Bréfritari: Benedikt Hálfdanarson
Dagsetning: A-1902-05-26
Skrifað á: Vesturheimi

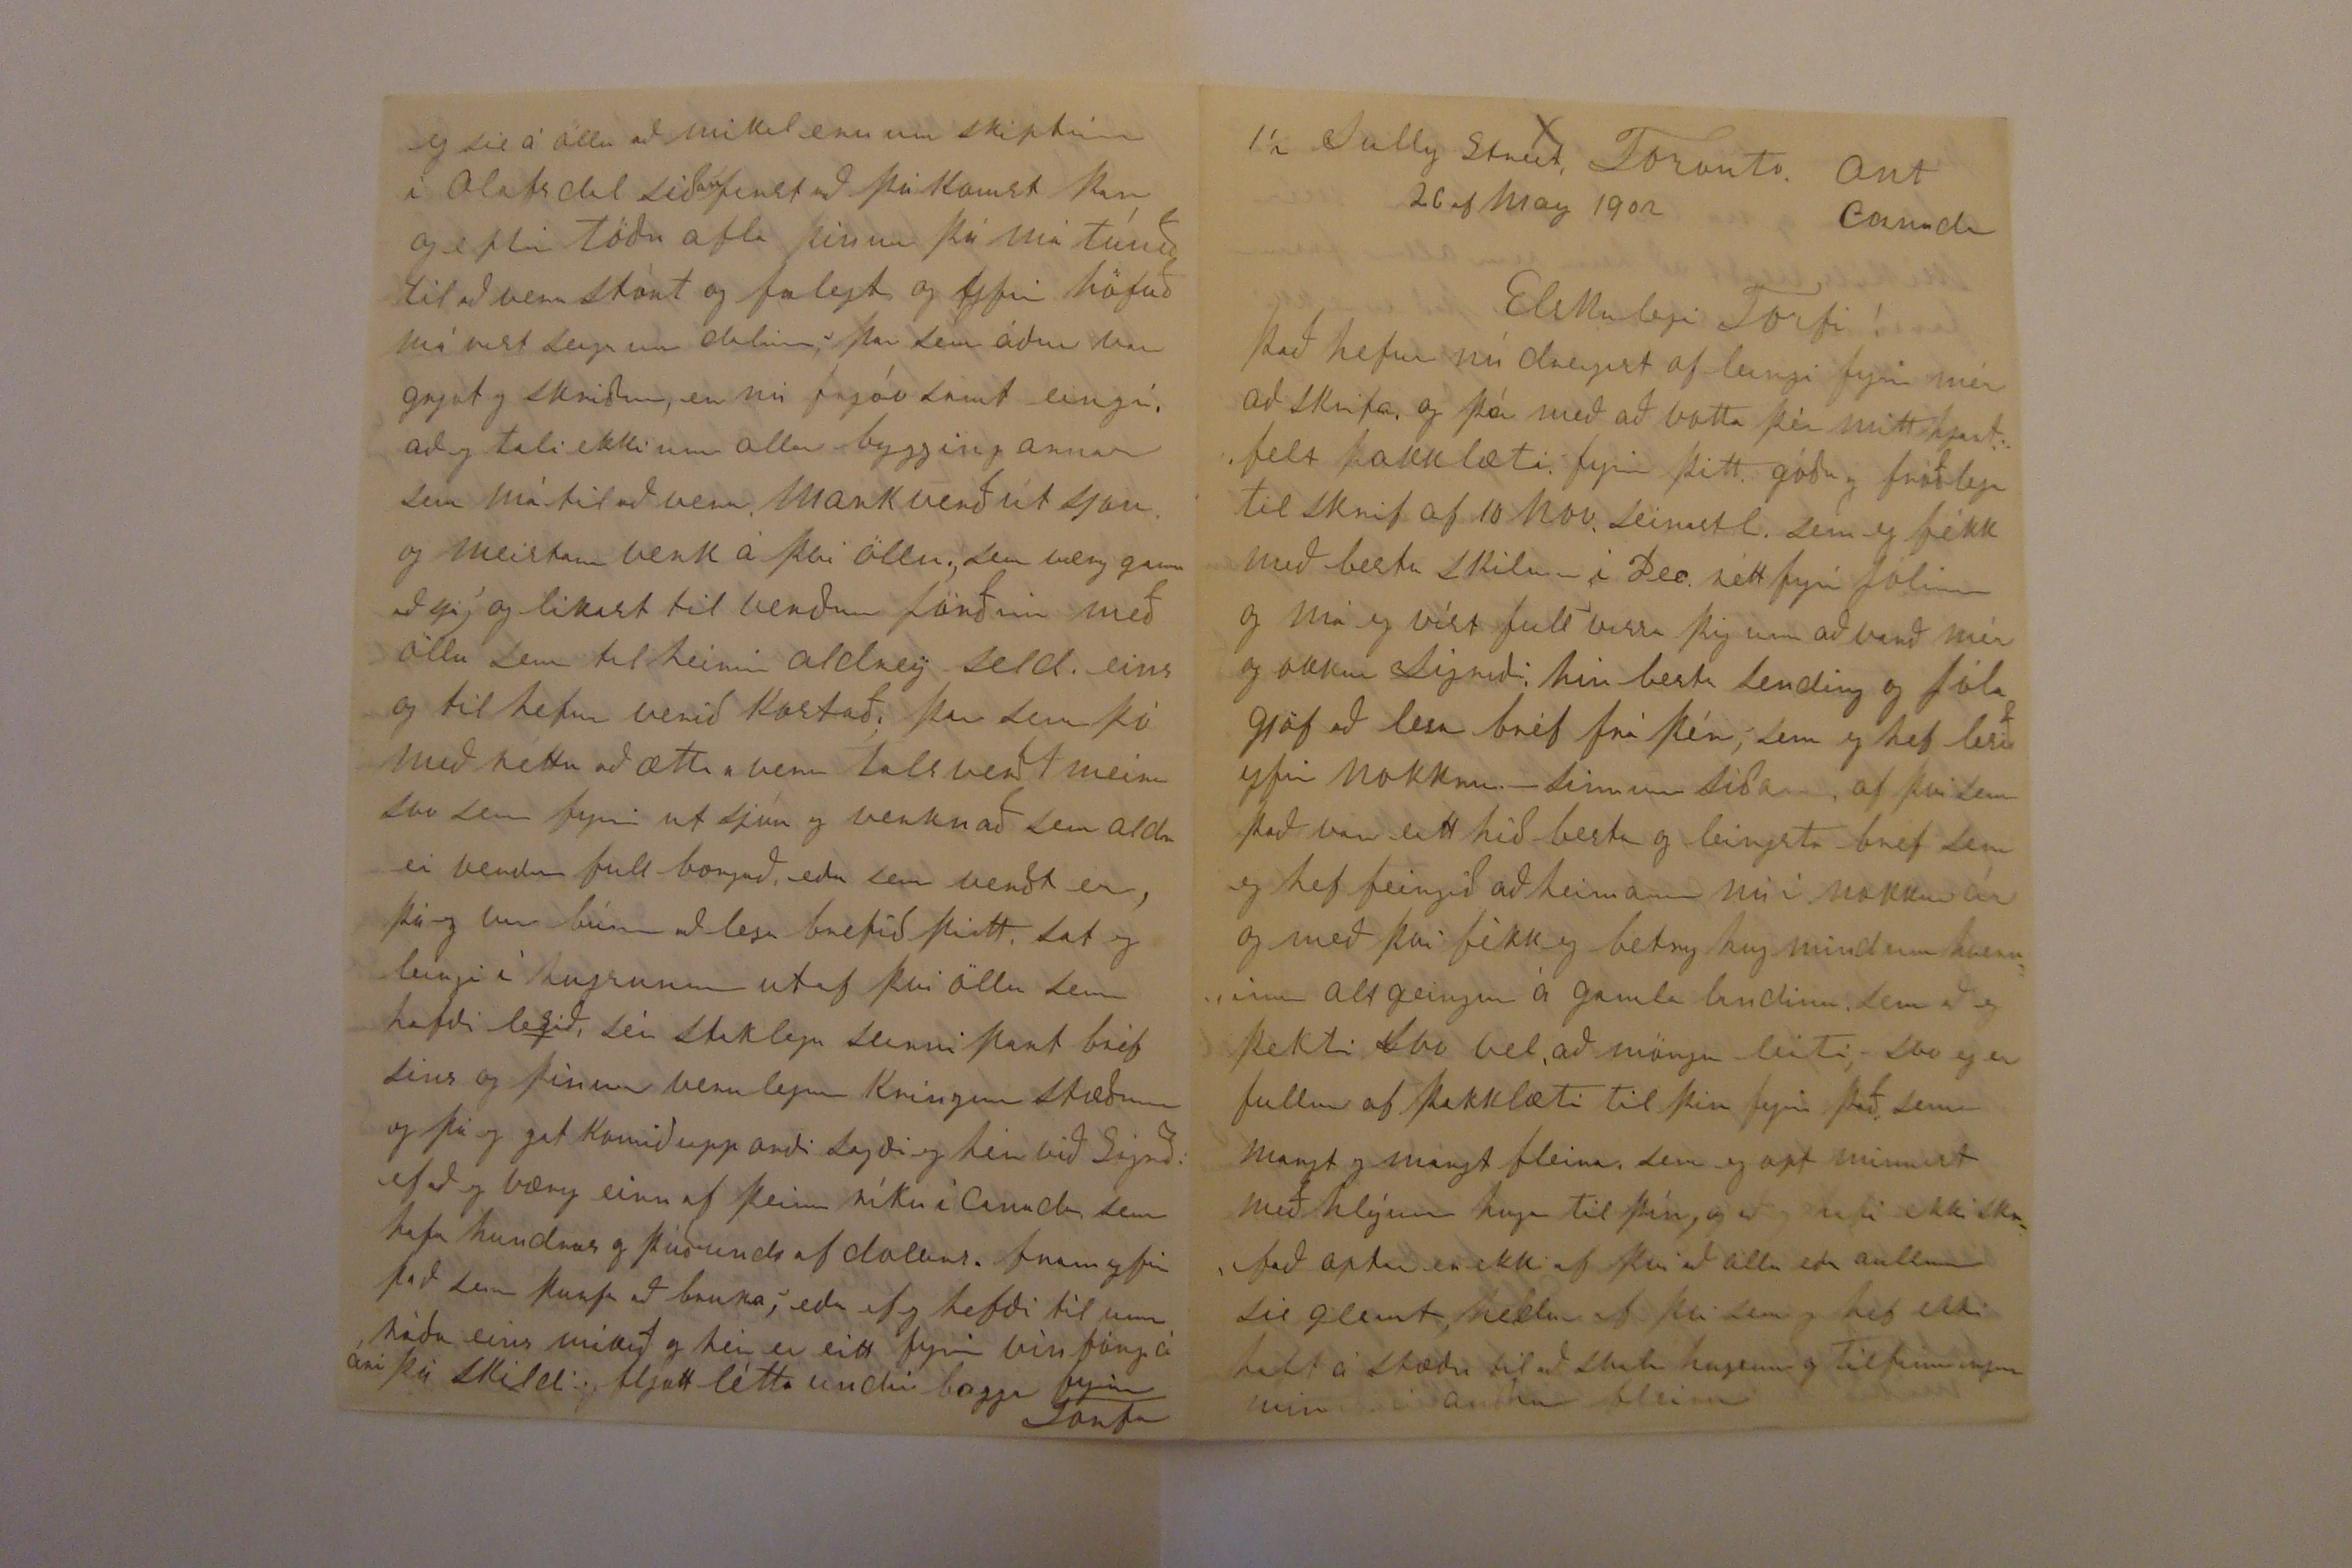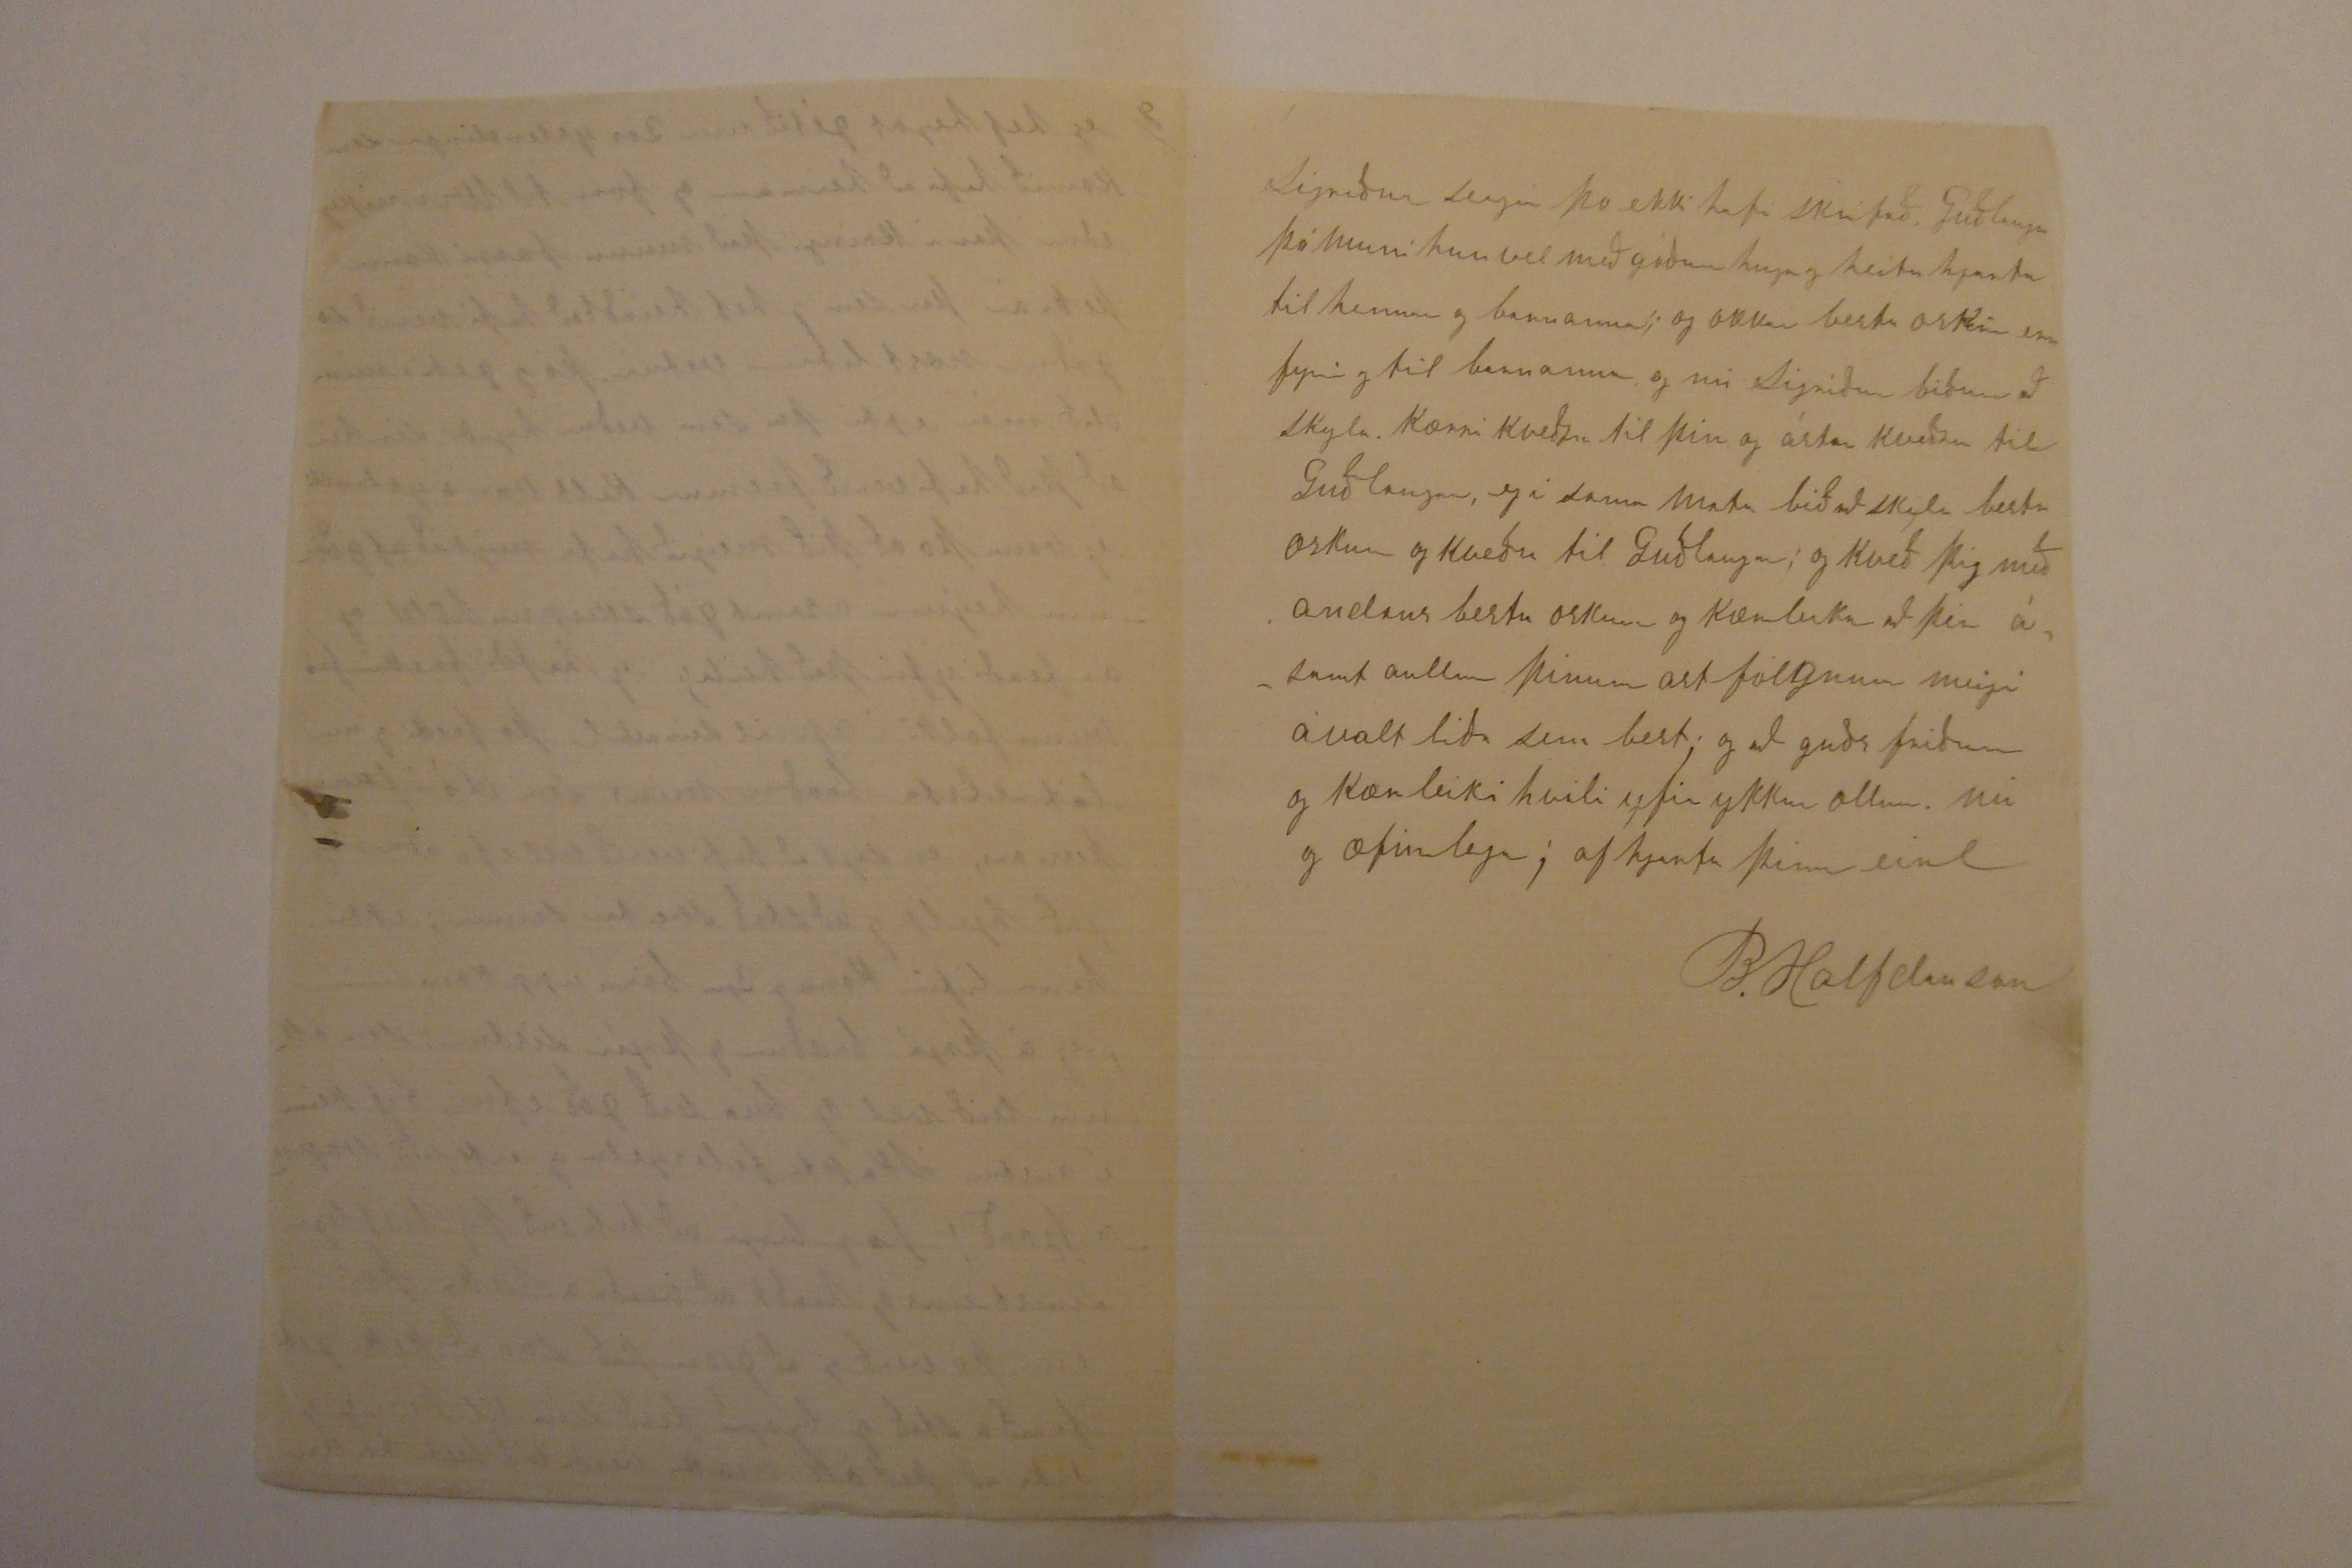

1 1/2 Sully Street, Toronto Ont Canada
26 of May 1902
Elskulegi Torfi!
Það hefur nú deigist of leingi fyrir mér að skrifa og þá með að votta þér mitt hjartfelt þakklæti fyrir þitt góða og fróðleag tilskrif af 10 Nov. seinastl. sem eg fékk með bestu skilum í Dec. rétt fyrir Jólinn og má eg víst full vissa þig um að varð mér og okkur Sigríði hin besta sending og Jólagjöf að lesa bréf frá þér, sem eg hef lesið yfir nokkrum sinnum síðann, af því sem það var eitt hið besta og leingsta bréf sem eg hef feingið að heimann nú í nokkur ár og með því fékk eg betry hugmind um hverninn alt geingur á gamla landinu sem að eg þekti svo vel að mörgu leiti, svo eg er fullur af þakklæti til þín fyrir það sem margt og margt fleira sem eg opt minnist með hlýum huga til þín, og að eg hafi ekki
skr
það aptur en ekki af því að alla eða aullum til
glemt
, heldur af því sem eg hef ekki haft á stæðu til að skaba hugsun og tilfinningu
mina
í auðru fleiru
þar sem svo margt er erðvitt um að abla sér og ná til í, þá þikir mér mikils verdt að heira um allar fram farirnar á yslandi svo það er ekki frítt fyrir að eg sjái ekki eptir að eg datt ur sögunni, svo það gétur ekki náð til mín, það sem yslendingar eiga með sanni í fullkomnar stíl enn nokkru sinni firri, Enn grær á
vorri ættur
jörð 000000 sönn hjá traustum hölum, enn er glað værð í grænum dölum, hver gæfu söm sér leikur hjörð, S.B.fjörð,
það er svo margt af unga folkinu að sækast eptir gæfu og mentunar vegi sem er góð undir staða til að gjöra fram förina enn þá fullkomnari og eins og þú minnist á að stór umskipti muni víst eiga sér stað með enda þessum
oldum
sem nú er só að seiga nýbiruð Jeg vil þó ekki gleima því sem mér og okkur var næst að heira og fretta um sem var um kkur Guðlaugu og unga folkið ykkar, sem eg fjekk alt saman mikið betur enn átti skilið
það gladdi okkur ekki lítið að heira um að þú og Guðlaug voru við bestu heilsu og því nær eins og unga fólkið fyrir utan hvað þið hafið reint meira, svo það er ekki að furða þótt ekki þoli langa ea harða vinnu tíma ef að allir bændur á yslandi hefðu gért við jarðir sínar eins og Olafsdalur hefur feingið það í höfuðið, þá væru allar ameríku ferðir þaðan hættar fyrir laungu, Sigríði þotti mikið skémtilegt að heira um öll börninn af því sem þekti svo vel og mun betur eptir eru og þo eg muni vel eptir eldry sistrunum og sér staklega eptir Asgeiri sem mér þotti svo gaman að, hann var svo opt hjá mér þá eg var nálægt bænum eða í smiðunni, það er mjog skemtilegt að heira um að öll börnin eru ykkur til gleði og ánægu og öll hafa lærdt talsverdt sér staklega er það ánægusamt hvað Ásgeir og Ingibjörg eru komin langt á fram á lærdoms og mentunarvegi, og best að þar með fylga digðir og mankostir,
Inbor
for learning before you are old, learning is better than silver or gold, Silver and gold will soon wear a way, learning, well gottn, will never decay;
long
fellow.
eg sie á öllu að mikil eru umskiptin í Olafsdal síðan first að þú komst þar og eptir töðu afla þínum þá má túnið til að vera stórt og falegt og yfir höfuðð má víst seiga um dalinn, þar sem áður var grjot og skriður, er nú frjóvsamt eingi, að eg tali ekki um allar byggingarnar sem má til að vera markverð útsjon og meistaraverk á því öllu, sem væry gaman að sjá, og likast til verður jörðin með öllu sem til heirir aldrey seld eins og til hefur verið kostað þar sem þó með réttu að ætti a vera talsverdt meira svo sem fyrir utsjón og verknað sem aldrei verður ful borgað, eða verdt er, þá eg var búinn að lesa bréfið þitt, sat eg leingi í hugsunum utaf því öllu sem hafði lesið, sér staklega seinnipart bréfsins og þínum verulegum kringustæðum og þá eg gat komið upp orði sagði eg hér við Sigríði: ef að eg væry eirn af þeim ríku í Canada sem hafa hundras og þúsunds of dollars fram yfir það sem þurfa að bruka, eða ef eg hefði til um ráða eins mikið og hér er eitt fyrir vífáng á ári þá skildi eg fljott létta undir bagga fyrir Torfa
enn það hefur þó ekki geingið eptir huga eða oskum sem opt á sér stað, að maður fær ekki hentugleika að fá sinn vilja uppfiltan - disappointment is common thing in this world, eg veit að þu tekur þetta ekki upp fyrir mér heldur seigi eg það eins og kom til hugar og hugsa opt efað
auður
sem annars staðar liggur að gjörðalaus, væry kominn þangað sem gæti gjördt svo mikið gott, og liett undir birði þeirra sem verja lífs og salarkroptum ti lframfara og
auðrum
til uppbiggingar, enn eru félausir vanta penininga, því miklum framförum er ekki komið á framm fyrir utan þá, og ekki furðar mig svo mikið þó svo sie á statt fyrir þér sem er, með alt sem þú hefur gjordt og komið til leiðar og að birja á framm förum er opt það harðasta, eins og líka með byggingu þar sem alt verður að fast svo lengst að, með
uppskrúfuði
verði á móti því sem verður selt, með mörgu fleiru að sá veit gjörst sem reinir
svo með öllu sem nátturlega hefur að þreigt og kostað þig svo mikla um hugsun og ut sjon að komast á fram og að verða frá við alla sem þikast eiga hjá þér, þá þikir mér lofsverdt og er glaður að það hefur ekki raskað ró semi þinni eður hugsunar hætti, heldur að trú og von þín er hin er hin sama til hins alvalda föðurs að þú farir að verða frý við alla, sem eg vona að verði, og í raun og veru ert, eins og öll þín verk hafa verið landi og þjóðini til framfara og uppbyggingu, Eg vona að þú eigir þér trúa og holla menn á alþingi og að alt meigi nú snúast sem best fyrir þér, mættir fá fult verð alt sem gjördt hefur í Olafsdal, ef selt er, bú þitt er fallegt og eitt það besta sem eg hef heirdt af á yslandi, eins og annað til fyrirmindar og sínis hvað má gjöra á yslandi auðvitað var eini vegurinn að hafa sképnurnar ens margar og unt var, þar sem var til svo margs að skipta enn hvað eina er í litlu verði sem selt verður á moti því sem keipt er það var oska ráð og gott verk sem þið gjörðu að innleisa staðarhols eignirnar fyrir sveitina, svo að það er
ekki leingur eins og afréttar plass frá auðrum sveitum eins og það er gott að hafa snotra og vel byggða Kirku standa í miðri sveitinni sérstaklega þá þangað er orðin besti vegur og að margt hefur breist til batnaðar svo þeir sem fara um og sjá um skipin á utliti og verkun í Olafsdal og þar af leiðandi framför í sveitinni géta ekki farið á mis við að sja að þar hefur verið þarfur maður í sveit,
Eg oska og svo að alt mætti fara vel fyrir teingdasyni þínum, manni Ástríðar að hann géti látið ullarvélina borga fyrir sig fljótt og vel, það er slæmt ef hun gétur ekki geingið allann veturinn eins og þá er mest um ullar vinnuna mer þotti vænt um alt sem þú sagir frá Sigríði þotti talsverdt um að heira um lát bróður síns, þar sem sum af börn hans hafa víst verið mjog ung, og margir hafa tínsd í burtu af þeim sem við þektum eg skil að S. Sverrison í Bæ er eirn af þeim, þetta líf er stutt í það leingsta, þetta bréf er nú því nær búið og ekkert
komið nema það sem þú veist um langtu betur enn eg sjalfur og þo eg ætlaði að seiga meira þá læt eg það vera Okkur líður vel og hefur liðið síðan seinast eg skrifaði og svo sem ekkert breist Jon fer á alþíðu skóla og geingur fremur vel, skolin hættir í seinustu viku af June til í fyrstu viku af Sept. Kristín er við sömu offis vinnu sem eg gat um firri Sigríður hefur húsvinnuna og svo saumar hún með köflum fyrir sig og aðra Jeg er enn þá nætur waktari sem er hæg og umstangs lítil vinna, þo það
sé
samt æði stort plass og margt sem eg verð að líta eptir og í
rauninni
veit eg ekki hvað leingi eg verð þar og þó eg gjöri þar eins vel og maski betur enn við byggingar þo líki betur, þá maður lítur að því yfir árið þar sem eg er, er eingin tími mistur við byggingar tapar maður svo miklum tíma á veturnar fyrir utan misjafna veðráttu og stundum að bíða eptir efnivið svo er tímin stuttur sem unnið er 8a Kl tíma á dag við allar byggingar er nú full dags vinna
Jeg og við hér höfum þann heiður eins og aðrir goðir bæa búar að sja væntanlegan ríkiserfingja Prince of Wales og konu hans með bróður hennar og var hér þá mikið um að vera og
margir skór
á ferðinni bærinn var fullur af her mönnum svo að Duke and Duchess, eins og þá voru kolluð, var víst vel litið eptir þann tíma sem hér voru, komu hér 10 en foru 12 of October, Veturinn hér varð frem goður, hér kom æði mikill snjor í Jan. enn var allur farinn seist í Feb. March var besta vor veður enn April fremur kaldur með nætur frost nú er orðið besta veður og alt lítur vel ut og besta hljoð heirist í flestum með gott og auð samt ár ferði kaup gjald er frem gott og hefur hæðkað víða alt er líka í fremur háu verði svo að bændur hafa og vilja gjöra vel þetta ár, þeir sem hafa yfir folks flutninga að að seiga, þá er það alla reiðu í meiralagi og seiga að þetta ár muni tals verdt fleyra flytja til Canada enn seinast liðið ar og þeir hafa komið í storhopum fra banda ríkum til svo kallað north vest það er manitoba og þar í kring
það er víst ohætt að seiga eptir því sem eg hef frétt að búland þar, viðast hvar er eitt með því besta í þessu landi, og svo hef eg séð margt það
um
hér á síningunum, auðvitað það besta er sínt yfir það heila þa er Canada gróinn fast sem
fyri
alt það þá sá eg statement in
church
in the Canada house of commons Debt of Canada was $ 268.480.000, that meaant about $ 50 for every man, woman and child in Canada, interest paid last year an the debt was $ 10.800.000 svo fleira kemur er
betra
þeir eru líka eptir að fá folkið, og hafa selt mikið af landi í vetur og var í north westur Canada, eg sé opt í blöðum
hier
þeir géfa yslendingum besta orðrom fyrir landbúnað eða hvar sem þeir setast að, og jafnvel þá ungir yslendingar fara á skola að þeir stundu skari fram ur auðrum með manns gafur að þeir sjeu svo fljotir að læra, eitt sinn þá held eg að þeir hafi hugsað að yslending væru einhverjir skrælingar sem ekkert vissu eða gætu lærdt, enn þeir eru nú
farnir að komast að, að það er ekki svo heldur að þeir skari fram ur með margt, eg sá ekki fyrir laungu í skóla málum, hvar eirn seigir að það sé betra að géfa yslending 000 tækifæri með að læra og komast á fram, því þeir sieu alla reiðu komnir svo langt á fram og sumir af þeim sie komnir í háa stöðu og minnist á hvar yslenskir piltar náðu hæsta marki á háskolum, university þo eg sie buin að vera svona lengi svo að seig eirn míns liðs, þá þikir mér gaman og gott þá eg sie að yslendingar eru
ekki
svo mikið á eptir auðrum, heldur skara framur þá er um einhverja námsgrein er að tala eins vel og var það verklega. Eg hef feingið úr bréfum fra Skaptafellssyslu að það
ann
ætli folk vestur og sumt ur Múlasysl sumt af því aldraðir bændur sem hafa verið vel metnir og í góðum efnum, jeg hef alt af á litið að folk sem kémst bærilega af og er farið að eldast að því verði lífið eiginlegra að vera kjurt heima heldur enn að fara, einsog um alt folk sem ekki líkar miklar breitingar verður lífið betra heima
enn hver er þo sjalfum sér næstur nú er mikið talað um coronatjon of the King Edward sem kemur af í June og eg sagði fir stuttu ef að eg hefði verið
hettunum
hans þá tæki eg tripp til Islands Kings cape wil be a magnificant garment 3.190 jewels in his crown of
fumons
ruby, eptir því sem við höfum fréttirnar þá hefur stríðið í suður afríku costað British government $ 825.180.000 within the tree years og að þar er ekki komin friður enn þá þo þeir séu nú sem oðast að búa til friðar saminga og vonist eptir að sættir verði komið á aður en langt um líður, þá er enn þa ekkert víst hvað langt eður skamt er til þess að bíða, og að þið hafið nú þetta alt í ykkar dagblöðum svo eg hætti öllu þessu og hef notað mér að einu gildir hvað þér er sínt eður boðið að þú kémst fram úr því öllu og gjorir það besta en þó bréfið sie líkt skrifaranum, þú manst að hann var Hornfyrðingur okkur þikir vænt um að Bjarti gengur vel og að það fer alt vel fyrir þeim bræðrum eg skrifaði bjarti í Feb enn hef ekki feingið orð fra honum síðan, ein
irkju
bændur hafa nó að gjöra, og það er half gérdt sleifery að vera eirn til als sem þarf með
eg skrifa Bjarti eins opt og hef tækifæri og hef avalt fundis að hann hefur góðar og mannlegar tilfinningar og finnur til þá hann heldur að sér skyldir hafi það á einhvern veg hardt og hann sagði í brefi til mín, að væry hardt fyrir sig að koma sér til að seiga mér um, að svo stæði á fyrir þér að þú værir að tala um að selja Olafsdal sem í rauninni er og að hann þannin fellur frá ættinni, enn undir kringumstæðum þá irði best ef að gætir feingið fult verð fyrir jörðina á samt fyrir alt sem þar hefir gjödt og eins og þú minnist á þá flest er skipt upp fyrir aðra en eins og að lítið verði eptir, enn guð er góður og lætur ykkur Guðlaugu ekki vanta eins og eg líka sie að þú erdt ekki hrædt um framtíðina og mér sínist að vel eiga heima hjá þér það sem eirn af þeim visu rithöfundum seigir the most successful man is the man that has done most for others, eins og í sannleika að ykkar Guðlaugar verk hafa verið mest auðrum til hjalpar og uppbyggingar og eg vil oska að meigi vera guðs
vilji að spara ykkar líf með góðry heilsu í mörg ár til að koma auðrum til hjaplar og ykkur til farsældar og anægu þott þetta sie nú ekki á við týunda
p
af þínu brefi, þar sem alt er svodda ný næmi að fá að heimann, þá fer samt að hætta í þetta sinn og vona að alt sie vel fyrir ykkur heima, að vel hafi gengið um sauðburðinn goð heilsa a mönn og skepnum og goð veðratta sem er svo mikið undir komið heima sérstaklega um þetta leiti þá litlu lömbin vanta svo gott veður Sigríður biður að skila hjartans bestu kveðju til Guðlaugar þín og Astríðar og vel þikir mér að ástríður géra ef hún man eptir okkur svo ung sem hun var þá við skildum og búum var eg að gleima blómstur körfunni, það er að seiga bókinni, enn ekki Astríði og sistrum hennar og kveð eg ykkur öll í anda mín besta osk er að guðs friður og kærleiki meigi nú og avalt hvíla yfir þér og þínum og að við öll mættum finnast hjá Guði þá þessu lífi er lokið. þinn elskandi
B.Halfdanason